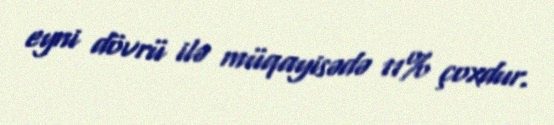
eyni dövrü ilə müqayisədə 11% çoxdur.